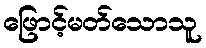
ဖြောင့်မတ်သောသူ